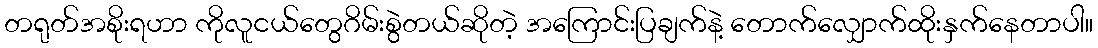
တရုတ်အစိုးရဟာ ကိုလူငယ်တွေဂိမ်းစွဲတယ်ဆိုတဲ့ အကြောင်းပြချက်နဲ့ တောက်လျှောက်ထိုးနှက်နေတာပါ။